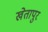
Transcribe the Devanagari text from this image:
खेतापुर